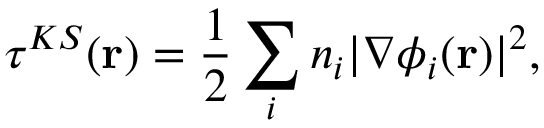
\tau ^ { K S } ( \mathbf { r } ) = \frac { 1 } { 2 } \sum _ { i } n _ { i } | \nabla \phi _ { i } ( \mathbf { r } ) | ^ { 2 } ,